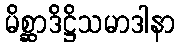
မိစ္ဆာဒိဋ္ဌိသမာဒါနာ